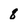
Character: 8